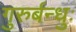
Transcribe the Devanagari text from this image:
गुरुर्बन्धुः